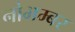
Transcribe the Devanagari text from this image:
नोभम्बर